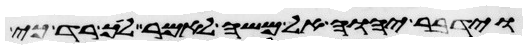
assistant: וידבר יהוה אל משה לאמר לך רד כי